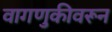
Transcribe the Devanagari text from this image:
वागणुकीवरून